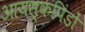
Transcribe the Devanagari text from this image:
आयस्कपिंडों